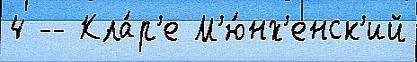
4 -- Кла́р'е М'ю́нх'енск'ий